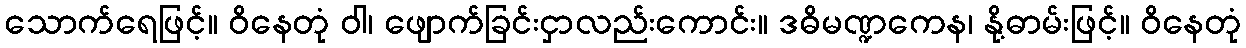
သောက်ရေဖြင့်။ ဝိနေတုံ ဝါ၊ ဖျောက်ခြင်းငှာလည်းကောင်း။ ဒဓိမဏ္ဍကေန၊ နို့ဓာမ်းဖြင့်။ ဝိနေတုံ